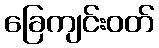
ခြေကျင်းဝတ်